Civil Veterinary Department. Madras. Admin. report 1910-25 - 1910-1925
Year: 1910
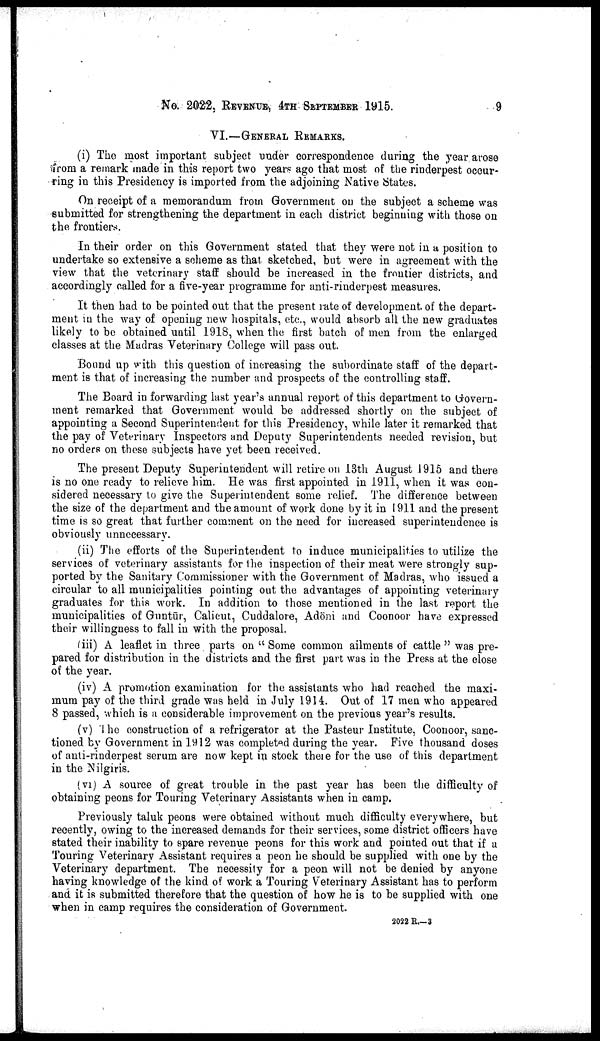
No. 2022. REVENUE, 4TH SEPTEMBER 1915.
9
VI.—GENERAL REMARKS.
(i) The most important subject under correspondence during the year arose
from a remark made in this report two years ago that most of the rinderpest occur
ring in this Presidency is imported from the adjoining Native States.
On receipt of a memorandum from Government on the subject a scheme was
submitted for strengthening the department in each district beginning with those on
the frontiers.
In their order on this Government stated that they were not in a, position to
undertake so extensive a scheme as that sketched, but were in agreement with the
view that the veterinary staff should be increased in the frontier districts, and
accordingly called for a five-year programme for anti-rinderpest measures.
It then had to be pointed out that the present rate of development, of the depart
ment in the way of opening new hospitals, etc., would absorb all the new graduates
likely to be obtained until 1918, when the first batch of men from the enlarged
classes at the Madras Veterinary College will pass out.
Bound up with this question of increasing the subordinate staff of the depart
ment is that of increasing the number and prospects of the controlling staff.
The Board in forwarding last year's annual report of this department to Govern
ment remarked that Government would be addressed shortly on the subject of
appointing a Second Superintendent for this Presidency, while later it remarked that
the pay of Veterinary Inspectors and Deputy Superintendents needed revision, but
no orders on these subjects have yet been received.
The present Deputy Superintendent will retire on 13th August 1915 and there
is no one ready to relieve him. He was first appointed in 1911, when it was con
sidered necessary to give the Superintendent some relief. The difference between
the size of the department and the amount of work done by it in 1911 and the present
time is so great that further comment on the need for increased superintendence is
obviously unnecessary.
(ii) The efforts of the Superintendent to induce municipalities to utilize the
services of veterinary assistants for the inspection of their meat were strongly sup
ported by the Sanitary Commissioner with the Government of Madras, who issued a
circular to all municipalities pointing out the advantages of appointing veterinary
graduates for this work. In addition to those mentioned in the last report the
municipalities of Guntūr, Calicut, Cuddalore, Adōni and Coonoor have expressed
their willingness to fall in with the proposal.
(iii) A leaflet in three parts on " Some common ailments of cattle " was pre
pared for distribution in the districts and the first part was in the Press at the close
of the year.
(iv) A promotion examination for the assistants who had reached the maxi
mum pay of the third grade was held in July 1914. Out of 17 men who appeared
8 passed, which is a considerable improvement on the previous year's results.
(v) The construction of a refrigerator at the Pasteur Institute, Coonoor, sanc
tioned by Government in 1912 was completed during the year. Five thousand doses
of anti-rinderpest serum are now kept in stock there for the use of this department
in the Nilgiris.
(vi) A source of great trouble in the past year has been the difficulty of
obtaining peons for Touring Veterinary Assistants when in camp.
Previously taluk peons were obtained without much difficulty everywhere, but
recently, owing to the increased demands for their services, some district officers have
stated their inability to spare revenue peons for this work and pointed out that if a
Touring Veterinary Assistant requires a peon he should be supplied with one by the
Veterinary department. The necessity for a peon will not be denied by anyone
having knowledge of the kind of work a Touring Veterinary Assistant has to perform
and it is submitted therefore that the question of how he is to be supplied with one
when in camp requires the consideration of Government.
2022 R.—3